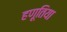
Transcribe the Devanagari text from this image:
हणूतिया